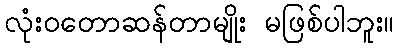
လုံးဝတောဆန်တာမျိုး မဖြစ်ပါဘူး။